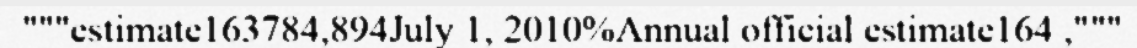
"""estimate163784,894July 1, 2010%Annual official estimate164 ,"""